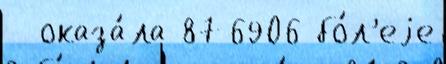
- оказа́ла 876906 бо́л'еjе